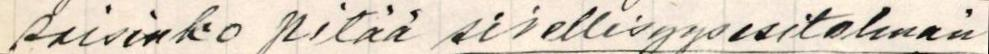
saisinko pitää sivellisyysesitelmän